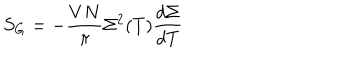
S _ { G } = - { \frac { V N } { \pi } } \Sigma ^ { 2 } ( T ) { \frac { d \Sigma } { d T } }